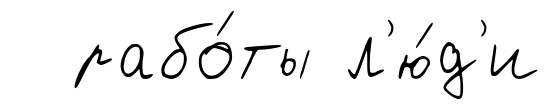
рабо́ты л'ю́д'и